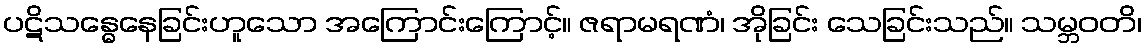
ပဋိသန္ဓေနေခြင်းဟူသော အကြောင်းကြောင့်။ ဇရာမရဏံ၊ အိုခြင်း သေခြင်းသည်။ သမ္ဘဝတိ၊